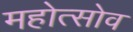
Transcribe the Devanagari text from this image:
महोत्सोव